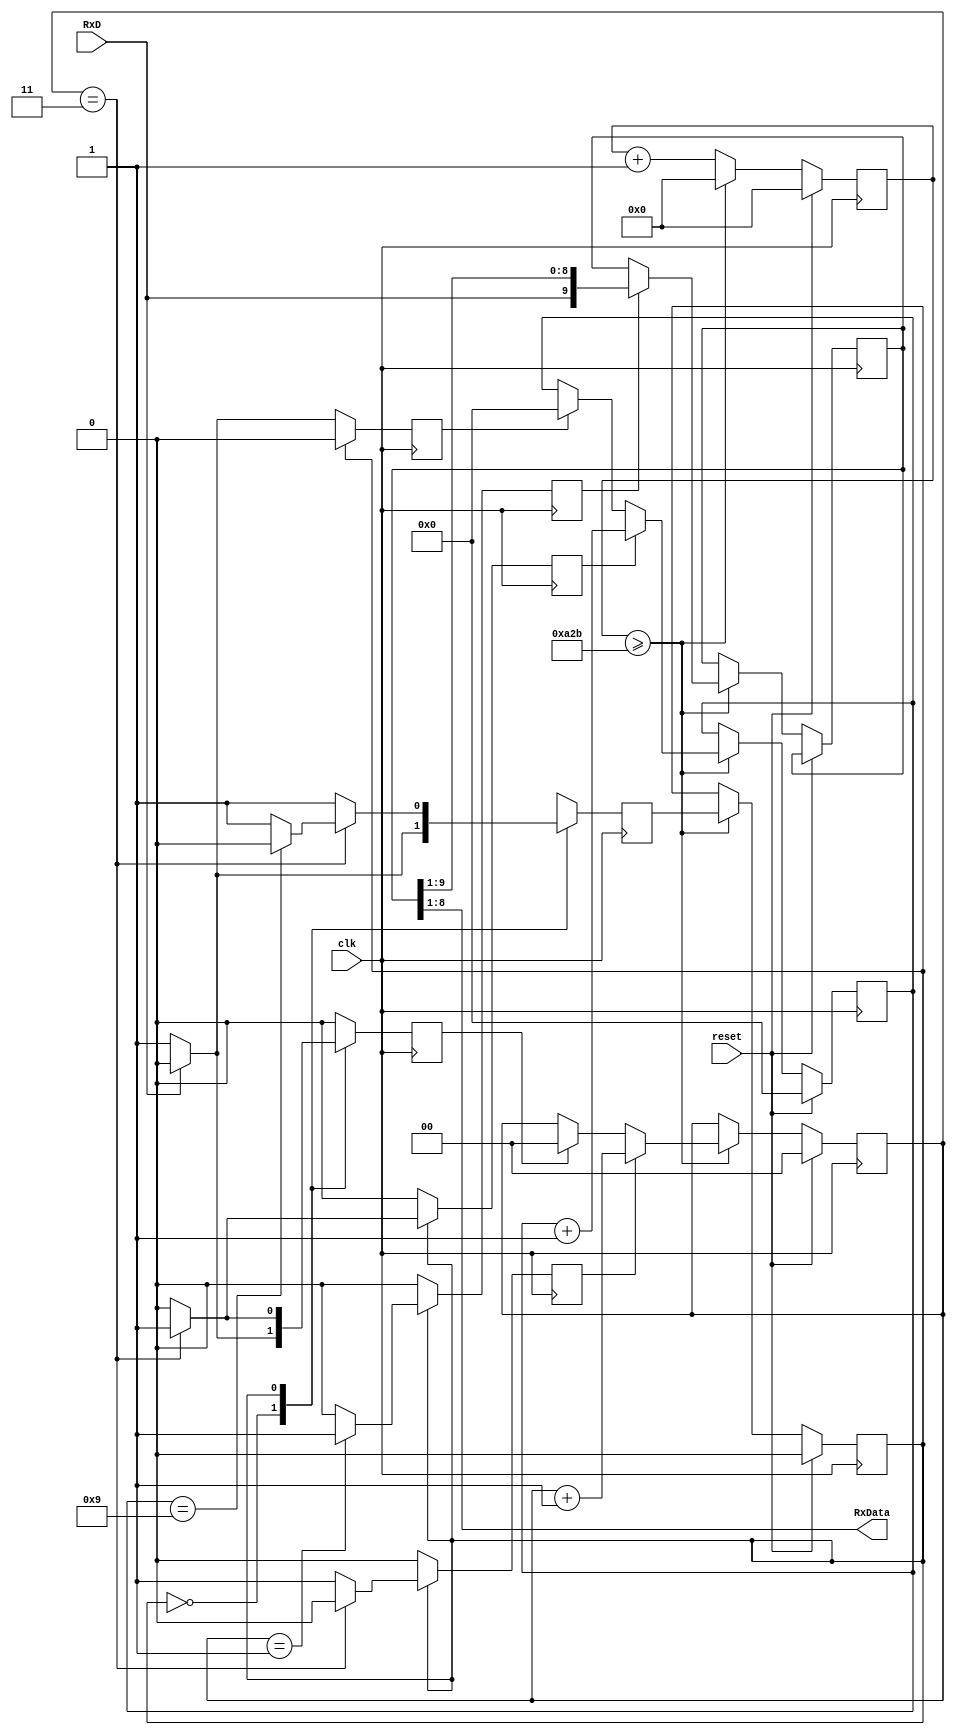
`timescale 1ns / 1ps

module receiver(

input clk, //input clock
input reset, //input reset 
input RxD, //input receving data line
output [7:0] RxData // LEDS for 8 bits data
    );
    
//internal variables
reg shift; // shift signal to trigger shifting data
reg state, nextstate; // initial state and next state variable
reg [3:0] bitcounter; // 4 bits counter to count up to 9 for UART receiving
reg [1:0] samplecounter; // 2 bits sample counter to count up to 4 for oversampling
reg [13:0] counter; // 14 bits counter to count the baud rate
reg [9:0] rxshiftreg; //bit shifting register
reg clear_bitcounter,inc_bitcounter,inc_samplecounter,clear_samplecounter; //clear or increment the counter

// constants
parameter clk_freq = 100_000_000;  // system clock frequency
parameter baud_rate = 9_600; //baud rate
parameter div_sample = 4; //oversampling
parameter div_counter = clk_freq/(baud_rate*div_sample);  // this is the number we have to divide the system clock frequency to get a frequency (div_sample) time higher than (baud_rate)
parameter mid_sample = (div_sample/2);  // this is the middle point of a bit where you want to sample it
parameter div_bit = 10; // 1 start, 8 data, 1 stop


assign RxData = rxshiftreg [8:1]; // assign the RxData from the shiftregister

//UART receiver logic
always @ (posedge clk)
    begin 
        if (reset)begin // if reset is asserted
            state <=0; // set state to idle 
            bitcounter <=0; // reset the bit counter
            counter <=0; // reset the counter
            samplecounter <=0; // reset the sample counter
        end else begin // if reset is not asserted
            counter <= counter +1; // start count in the counter
            if (counter >= div_counter-1) begin // if counter reach the baud rate with sampling 
                counter <=0; //reset the counter
                state <= nextstate; // assign the state to nextstate
                if (shift)rxshiftreg <= {RxD,rxshiftreg[9:1]}; //if shift asserted, load the receiving data
                if (clear_samplecounter) samplecounter <=0; // if clear sampl counter asserted, reset sample counter
                if (inc_samplecounter) samplecounter <= samplecounter +1; //if increment counter asserted, start sample count
                if (clear_bitcounter) bitcounter <=0; // if clear bit counter asserted, reset bit counter
                if (inc_bitcounter)bitcounter <= bitcounter +1; // if increment bit counter asserted, start count bit counter
            end
        end
    end
   
//state machine

always @ (posedge clk) //trigger by clock
begin 
    shift <= 0; // set shift to 0 to avoid any shifting 
    clear_samplecounter <=0; // set clear sample counter to 0 to avoid reset
    inc_samplecounter <=0; // set increment sample counter to 0 to avoid any increment
    clear_bitcounter <=0; // set clear bit counter to 0 to avoid claring
    inc_bitcounter <=0; // set increment bit counter to avoid any count
    nextstate <=0; // set next state to be idle state
    case (state)
        0: begin // idle state
            if (RxD) // if input RxD data line asserted
              begin
              nextstate <=0; // back to idle state because RxD needs to be low to start transmission    
              end
            else begin // if input RxD data line is not asserted
                nextstate <=1; //jump to receiving state 
                clear_bitcounter <=1; // trigger to clear bit counter
                clear_samplecounter <=1; // trigger to clear sample counter
            end
        end
        1: begin // receiving state
            nextstate <= 1; // DEFAULT 
            if (samplecounter== mid_sample - 1) shift <= 1; // if sample counter is 1, trigger shift 
                if (samplecounter== div_sample - 1) begin // if sample counter is 3 as the sample rate used is 3
                    if (bitcounter == div_bit - 1) begin // check if bit counter if 9 or not
                nextstate <= 0; // back to idle state if bit counter is 9 as receving is complete
                end 
                inc_bitcounter <=1; // trigger the increment bit counter if bit counter is not 9
                clear_samplecounter <=1; //trigger the sample counter to reset the sample counter
            end else inc_samplecounter <=1; // if sample is not equal to 3, keep counting
        end
       default: nextstate <=0; //default idle state
     endcase
end         
endmodule